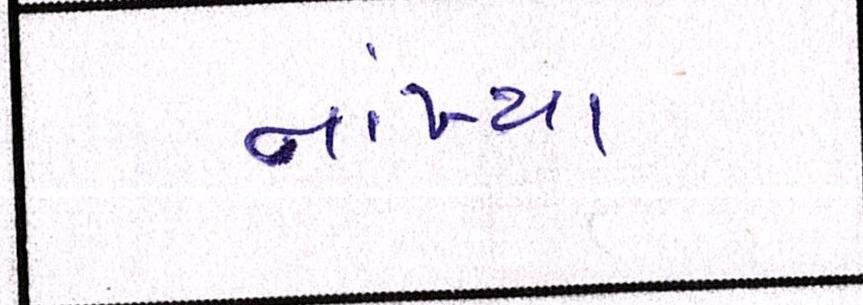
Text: નાંખ્યા